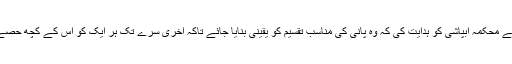
نگراں وزیراعلی سندھ نے محکمہ آبپاشی کو ہدایت کی کہ وہ پانی کی مناسب تقسیم کو یقینی بنایا جائے تاکہ آخری سرے تک ہر ایک کو اس کے کچھ حصے کا پانی فراہم ہوسکے۔